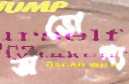
অভোগ্য